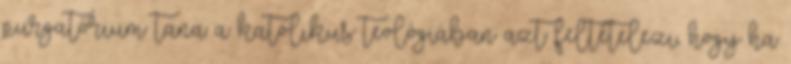
purgatórium tana a katolikus teológiában azt feltételezi, hogy ha